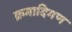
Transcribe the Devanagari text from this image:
क्रमादिगण